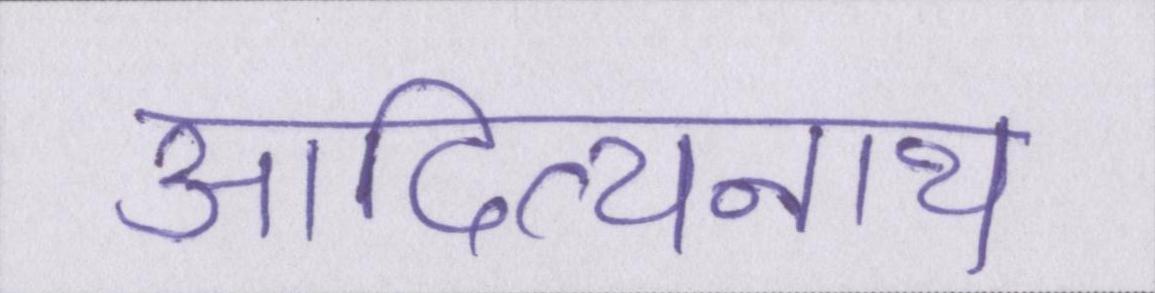
आदित्यनाथ